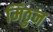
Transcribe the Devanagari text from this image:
मिठुन